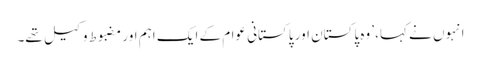
انہوں نے کہا، ’وہ پاکستان اور پاکستانی عوام کے ایک اہم اور مضبوط وکیل تھے۔